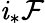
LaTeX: \mathit{i}_{*}{\mathcal{{F}}}